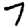
Digit: 7